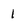
Character: 1